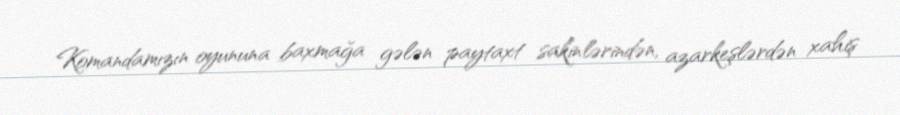
Komandamızın oyununa baxmağa gələn paytaxt sakinlərindən, azarkeşlərdən xahiş